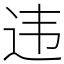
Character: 违